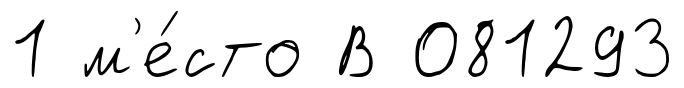
1 м'е́сто В 081293